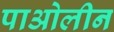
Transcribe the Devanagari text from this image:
पाओलीन